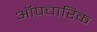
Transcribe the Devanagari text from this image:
ऑपचारिक